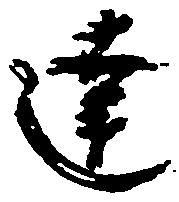
達